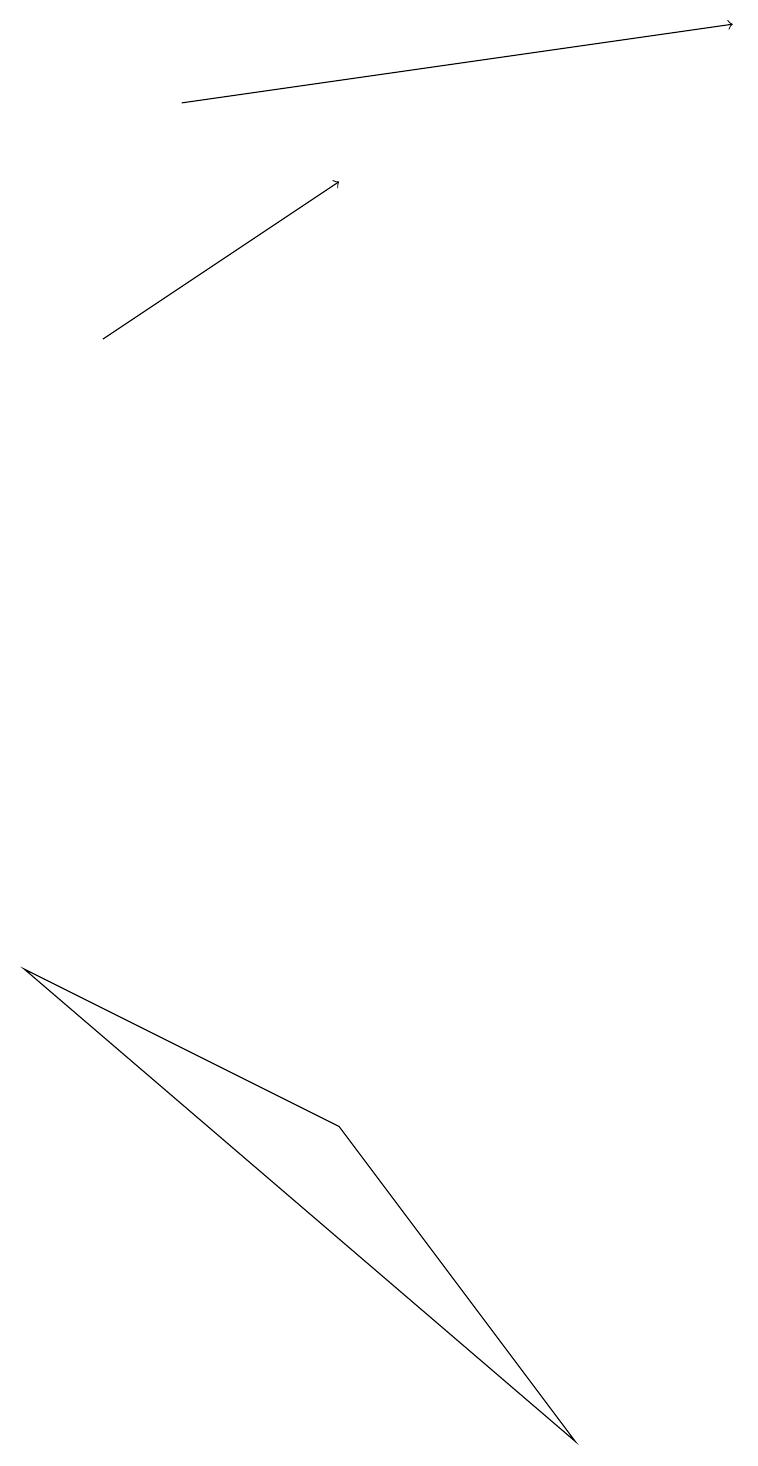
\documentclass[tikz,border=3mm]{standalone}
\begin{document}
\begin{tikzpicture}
\draw (4,4) -- (7,0) -- (0,6) -- cycle;
\draw[->] (2,17) -- (9,18);
\draw[->] (1,14) -- (4,16);
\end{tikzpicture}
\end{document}